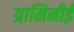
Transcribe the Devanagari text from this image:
ग्रामिनीई